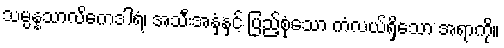
သမ္ပန္နသာလိကေဒါရံ၊ အသီးအနှံနှင့် ပြည့်စုံသော ကံလယ်ရှိသော အရာကို။